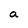
Character: a